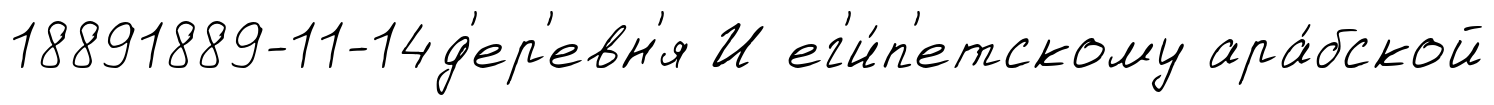
18891889-11-14д'ер'евн'я И ег'и́п'етскому ара́бской